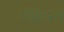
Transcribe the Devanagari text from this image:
उद्दिष्टाप्रत